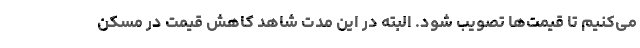
می‌کنیم تا قیمت‌ها تصویب شود. البته در این مدت شاهد کاهش قیمت در مسکن